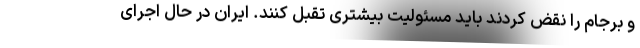
و برجام را نقض کردند باید مسئولیت بیشتری تقبل کنند. ایران در حال اجرای